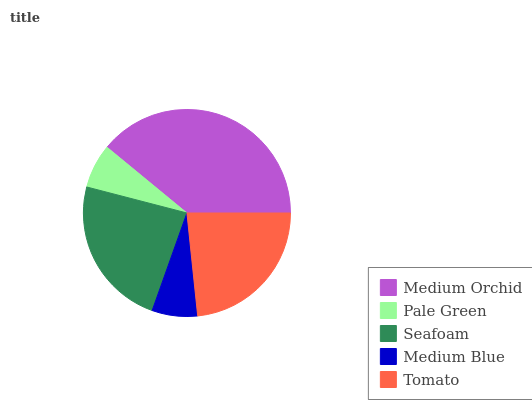
| Medium Orchid | Pale Green | Seafoam | Medium Blue | Tomato |
 | --- | --- | --- | --- | --- |
 | 39% | 6.93% | 23.6% | 7.1% | 23.4% |